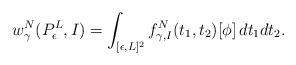
LaTeX: \begin{align*} w_\gamma^N(P_\epsilon^L, I) = \int_{[\epsilon, L]^2} f^N_{\gamma, I}(t_1, t_2)[\phi]\, dt_1dt_2.\end{align*}